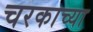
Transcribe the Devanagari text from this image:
चरकाच्या